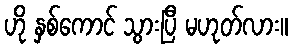
ဟို နှစ်ကောင် သွားပြီ မဟုတ်လား။